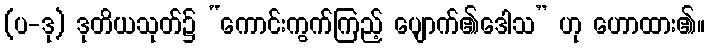
(ပ-ဒု) ဒုတိယသုတ်၌ “ကောင်းကွက်ကြည့် ပျောက်၏ဒေါသ” ဟု ဟောထား၏။